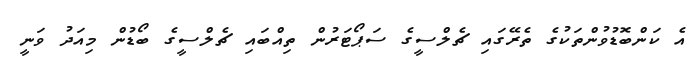
އެ ކަންބޮޑުވުންތަކުގެ ތެރޭގައި ޗެލްސީގެ ސަޕޯޓަރުން ތިއްބައި ޗެލްސީގެ ބޯޑުން މިއަދު ވަނީ